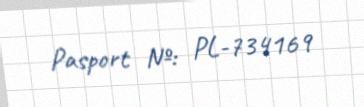
Pasport №: PL-734169